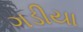
ગડીયા